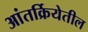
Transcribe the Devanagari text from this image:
आंतर्क्रियेतील